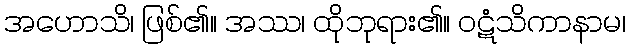
အဟောသိ၊ ဖြစ်၏။ အဿ၊ ထိုဘုရား၏။ ဝဋံသိကာနာမ၊